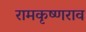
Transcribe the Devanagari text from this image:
रामकृष्णराव